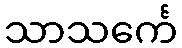
သာသင်္ကေ